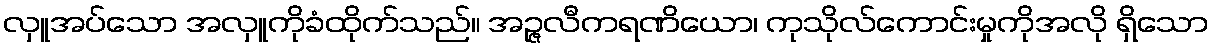
လှူအပ်သော အလှူကိုခံထိုက်သည်။ အဉ္ဇလီကရဏိယော၊ ကုသိုလ်ကောင်းမှုကိုအလို ရှိသော